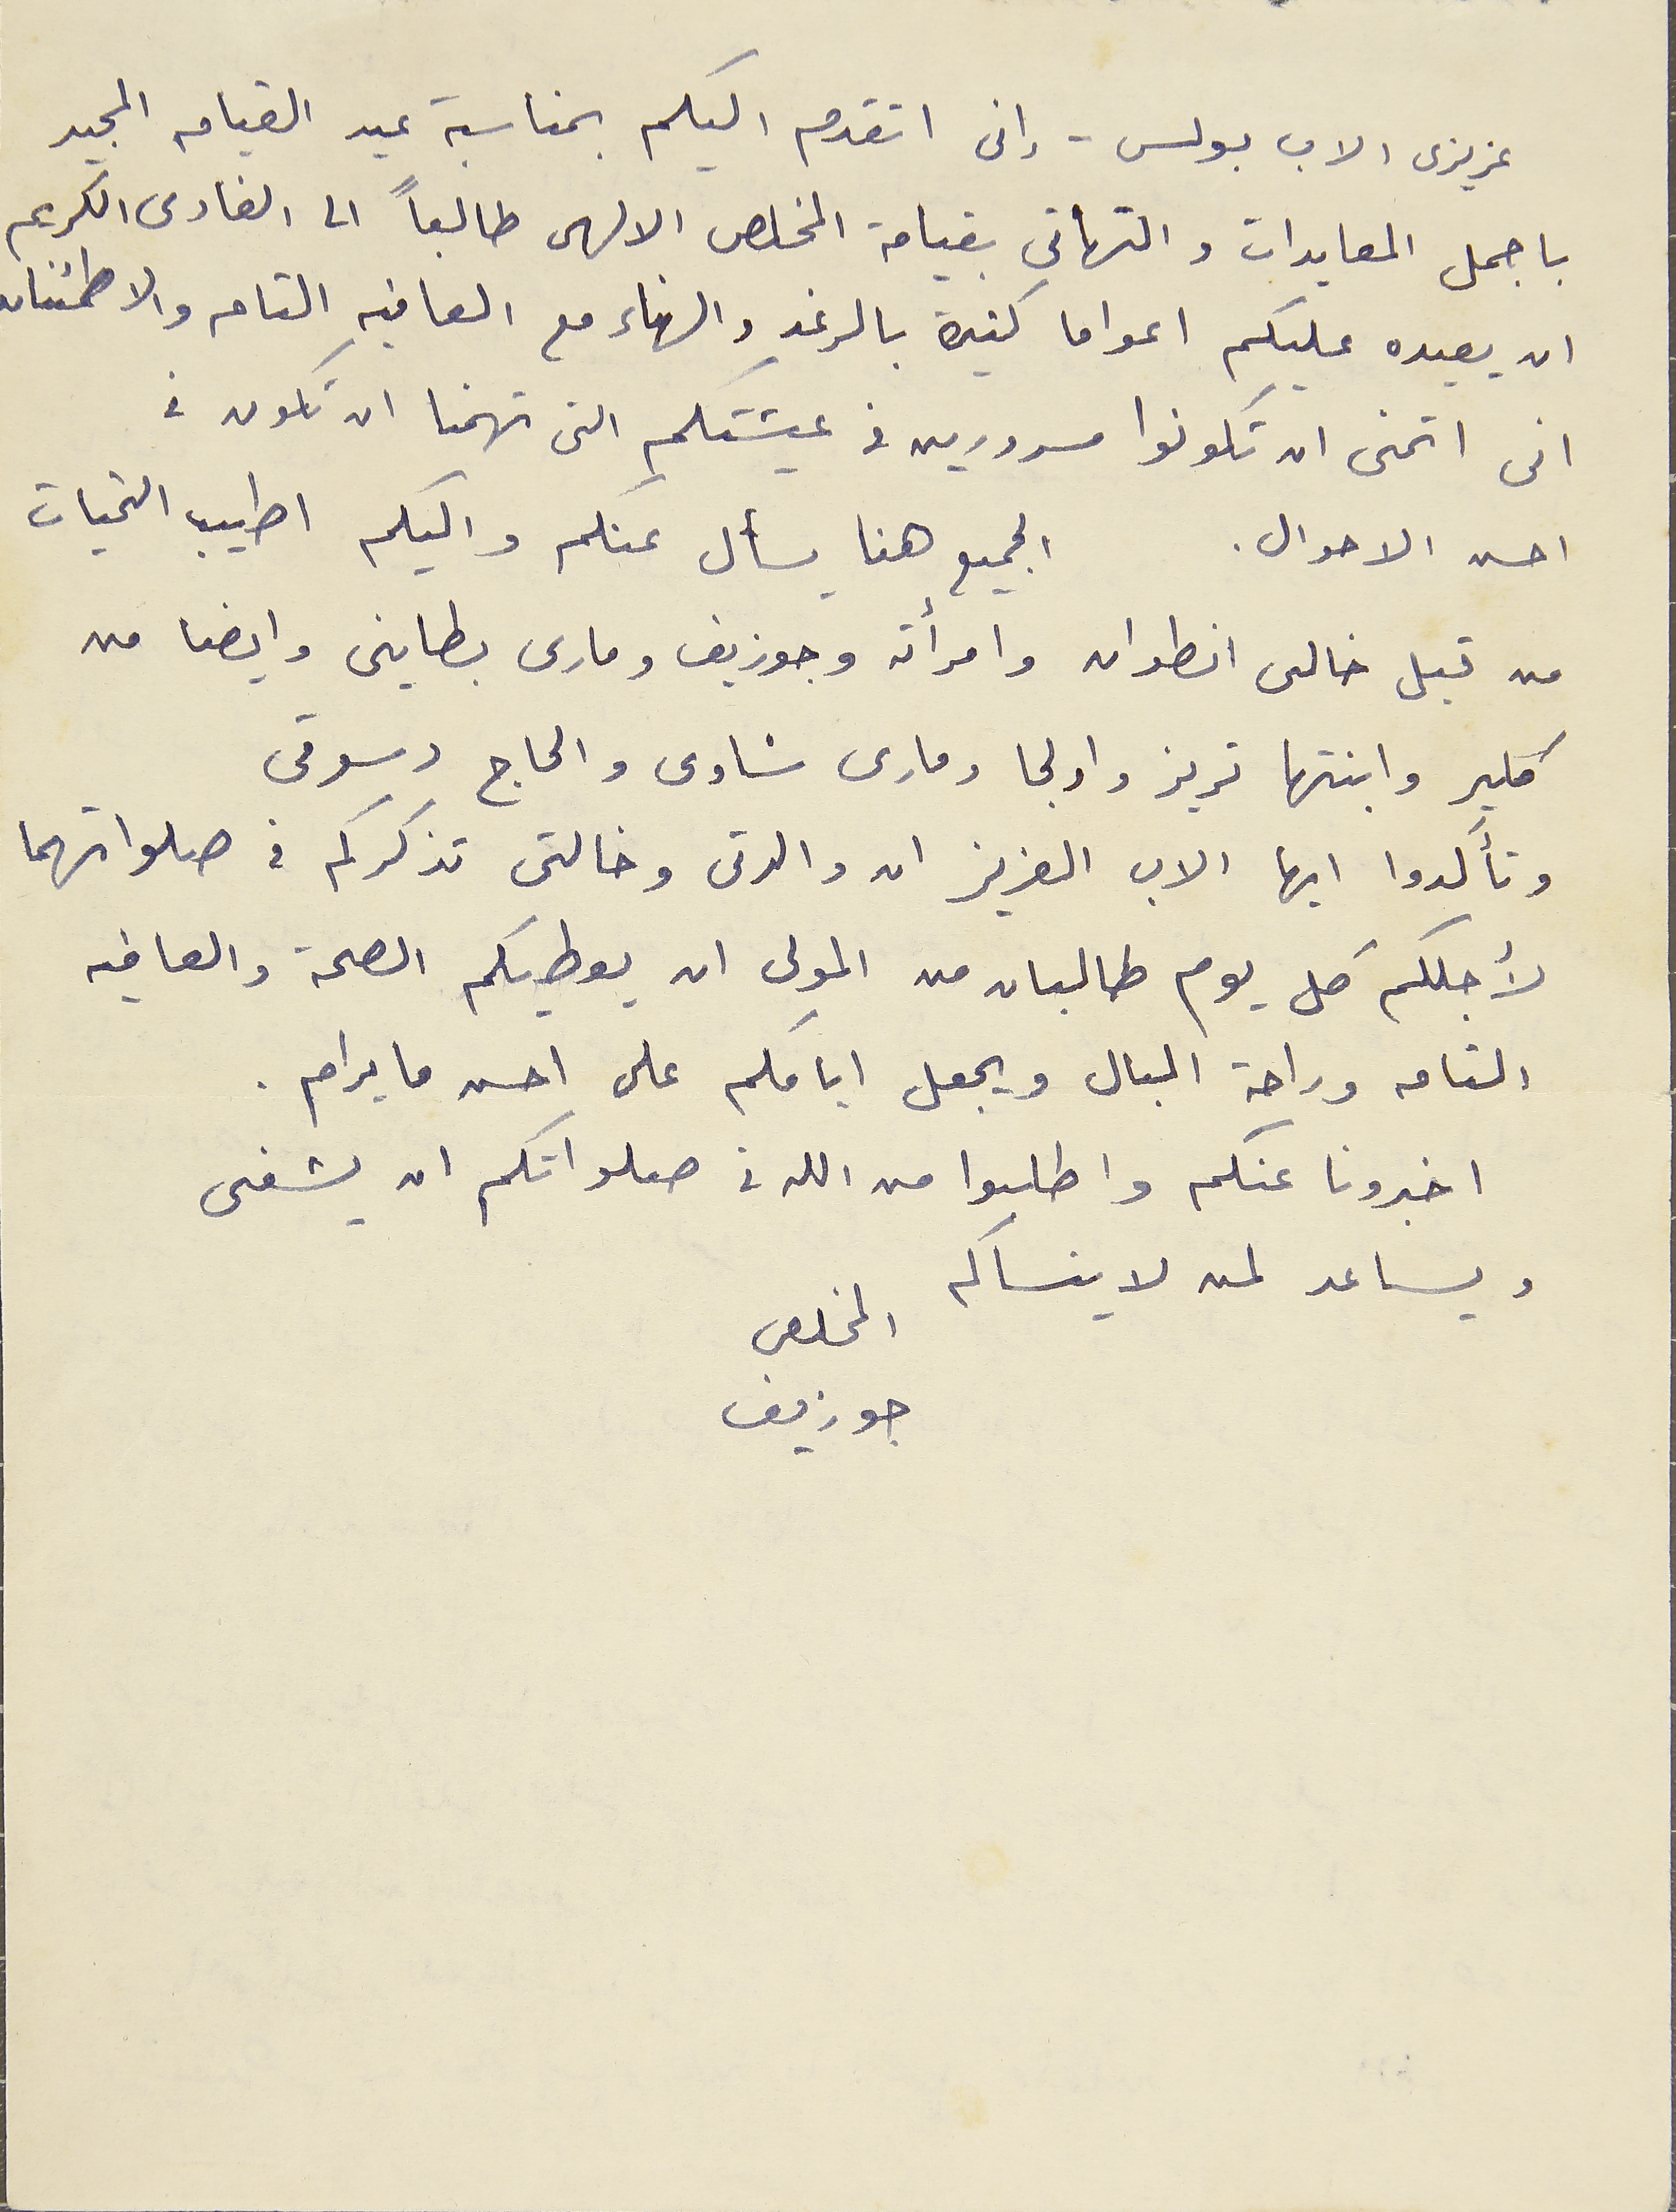
عزيزى الاب بولس - إنى اتقدم اليكم بمناسبة عيد القيامه المجيد
 باجمل المعايدات والتهاني بقيامة المخلص الالهى طالعاً الى الفادى الكريم
ان يعيده عليكم اعواما كثيرة بالرغد والهناء مع العافيه التامه والاطمئنان
انى اتمنى ان تكونوا مسرورين في عيشتكم التى تهمنا ان تكون فى
احسن الاحوال. الجميع هنا يسأل عنكم واليكم اطيب التحيات
من قبل خالى انطوان وامرأته وجوزيف ومارى بطاينى وايضا من
كلير وابنتها تريز واولجا ومارى شاوى والحاج دسوقى
وتأكدوا ايها الاب العزيز ان والدتى وخالتى تذكركم في صلواتهما
لأجلكم كل يوم طالبان من المولى ان يعطيكم الصحة والعافيه
 التامه وراحة البال ويجعل ايامكم على احسن ما يرام.
اخبرونا عنكم واطلبوا من الله فى صلواتكم ان يشفى
ويساعد لمن لا ينساكم                              المخلص
                جوزيف